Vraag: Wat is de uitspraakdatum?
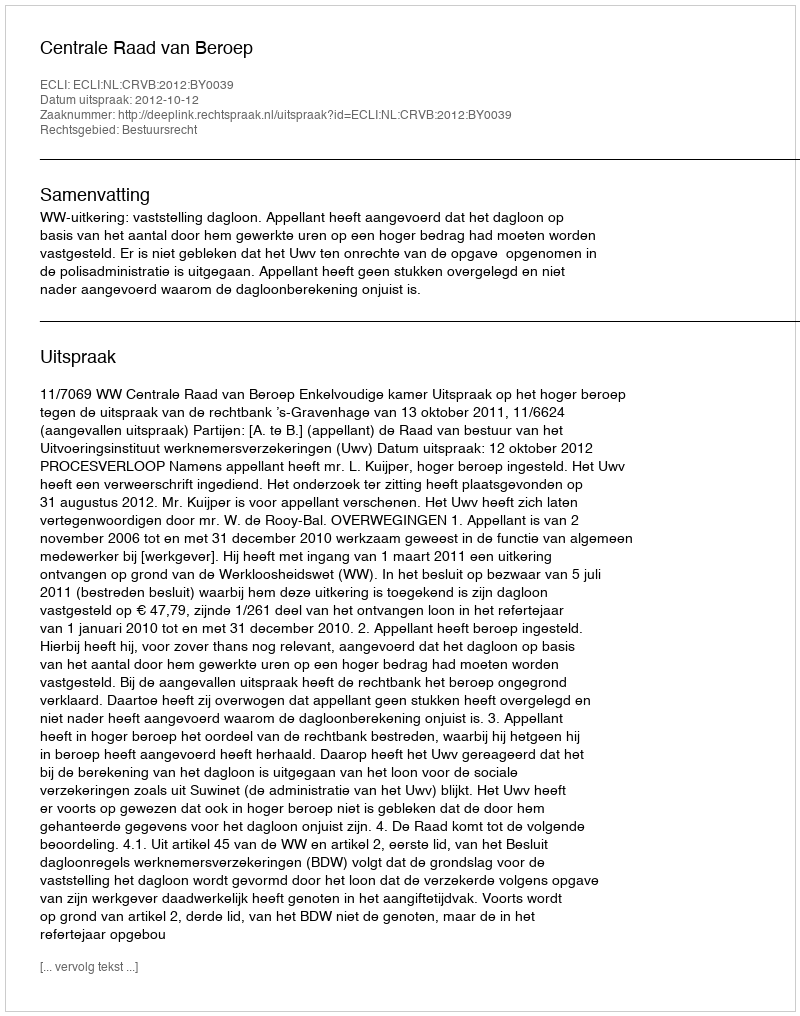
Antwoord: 2012-10-12